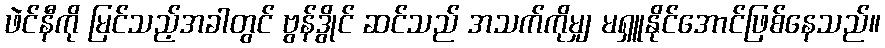
ဖဲင်နီကို မြင်သည့်အခါတွင် ဗွန်ဒွိုင် ဆင်သည် အသက်ကိုမျှ မရှူနိုင်အောင်ဖြစ်နေသည်။